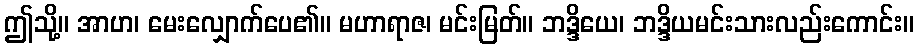
ဤသို့။ အာဟ၊ မေးလျှောက်ပေ၏။ မဟာရာဇ၊ မင်းမြတ်။ ဘဒ္ဒိယေ၊ ဘဒ္ဒိယမင်းသားလည်းကောင်း။